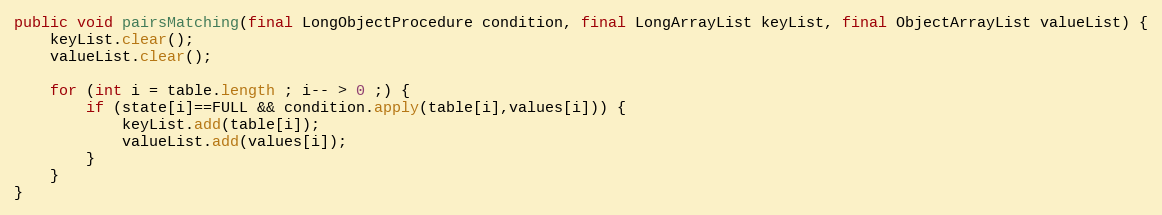
Language: Java
public void pairsMatching(final LongObjectProcedure condition, final LongArrayList keyList, final ObjectArrayList valueList) {
	keyList.clear();
	valueList.clear();

	for (int i = table.length ; i-- > 0 ;) {
		if (state[i]==FULL && condition.apply(table[i],values[i])) {
			keyList.add(table[i]);
			valueList.add(values[i]);
		}
	}
}